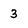
Character: 3